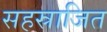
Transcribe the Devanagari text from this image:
सहस्राजित